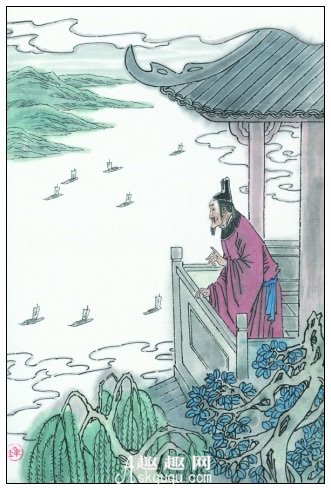
戎马关山北，凭轩涕泗流。